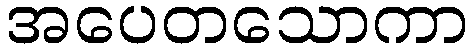
အပေတသောကာ